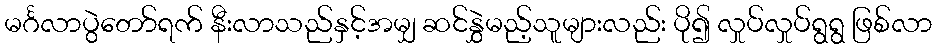
မင်္ဂလာပွဲတော်ရက် နီးလာသည်နှင့်အမျှ ဆင်နွှဲမည့်သူများလည်း ပို၍ လှုပ်လှုပ်ရွရွ ဖြစ်လာ